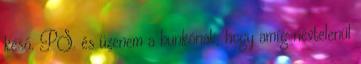
késő. PS. és üzenem a bunkónak, hogy amíg névtelenül